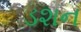
ડશન